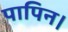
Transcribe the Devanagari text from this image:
पापिन।